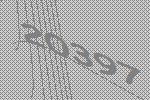
20397